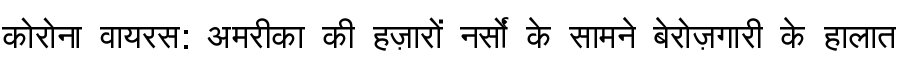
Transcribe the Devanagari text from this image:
कोरोना वायरस: अमरीका की हज़ारों नर्सों के सामने बेरोज़गारी के हालात